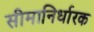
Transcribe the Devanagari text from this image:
सीमानिर्धारक